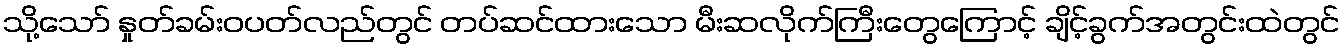
သို့သော် နှုတ်ခမ်းဝပတ်လည်တွင် တပ်ဆင်ထားသော မီးဆလိုက်ကြီးတွေကြောင့် ချိင့်ခွက်အတွင်းထဲတွင်